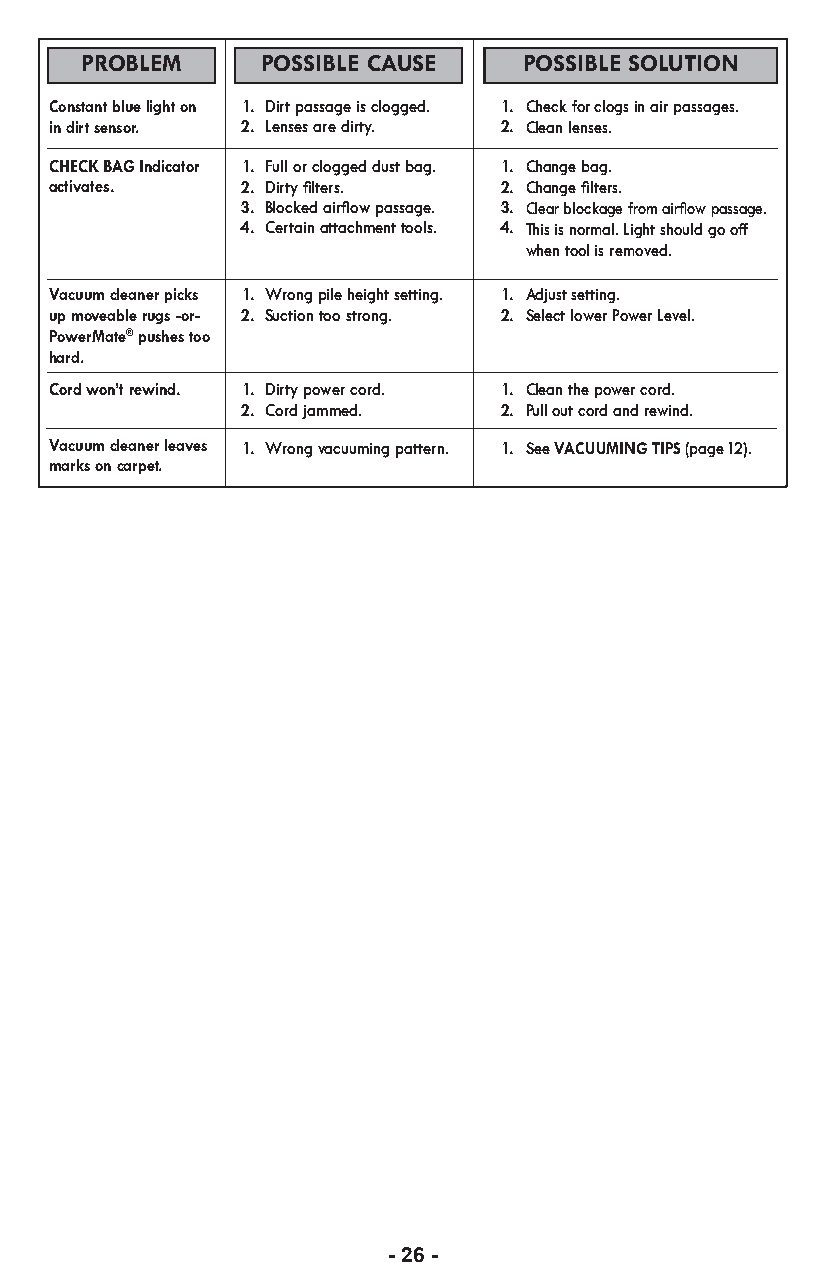
PROBLEM     POSSIBLE CAUSE    POSSIBLE SOLUTION
 Constant blue light on 1. Dirt passage is clogged. 1. Check for clogs in air passages.
 in dirt sensor. 2. Lenses are dirty. 2. Clean lenses.
 CHECK BAG Indicator 1. Full or clogged dust bag. 1. Change bag.
 activates.   2. Dirty filters. 2. Change filters.
 3. Blocked airflow passage. 3. Clear blockage from airflow passage.
 4. Certain attachment tools. 4. This is normal. Light should go off
 when tool is removed.
 Vacuum cleaner picks 1. Wrong pile height setting. 1. Adjust setting.
 up moveable rugs -or- 2. Suction too strong. 2. Select lower Power Level.
 PowerMate® pushes too
 hard.
 Cord won’t rewind. 1. Dirty power cord. 1. Clean the power cord.
 2. Cord jammed.  2. Pull out cord and rewind.
 Vacuum cleaner leaves 1. Wrong vacuuming pattern. 1. See VACUUMING TIPS (page 12).
 markson carpet.
 - 26 -